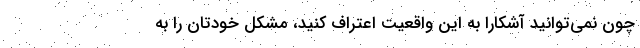
چون نمی‌توانید آشکارا به این واقعیت اعتراف کنید، مشکل خودتان را به